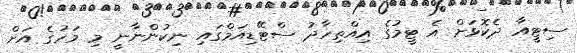
ސިޓީއާ ދެކޮޅަށް އެ ޓީމުގެ އިއްތިހާދު ސްޓޭޑިއަމްގައި ނިކުންނާނީ މި މަހުގެ އަށް